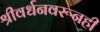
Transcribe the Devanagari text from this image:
श्रीवर्धनवरूनही